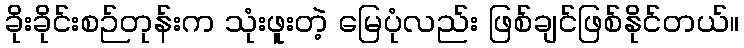
ခိုးခိုင်းစဉ်တုန်းက သုံးဖူးတဲ့ မြေပုံလည်း ဖြစ်ချင်ဖြစ်နိုင်တယ်။